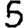
Digit: 5